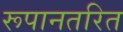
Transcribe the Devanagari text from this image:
रूपानतरित